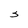
Character: S